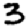
Digit: 3